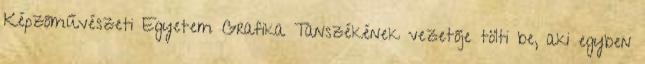
Képzőművészeti Egyetem Grafika Tanszékének vezetője tölti be, aki egyben